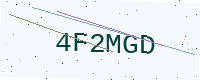
Text: 4F2MGD